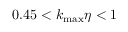
0 . 4 5 < k _ { \operatorname* { m a x } } \eta < 1